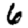
Digit: 6